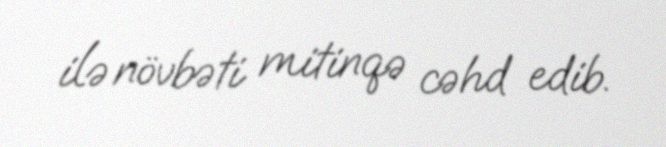
ilə növbəti mitinqə cəhd edib.